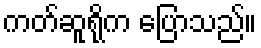
ကတ်ဆူရိုက ပြောသည်။